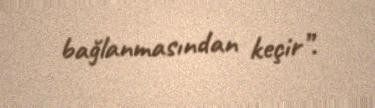
bağlanmasından keçir”.